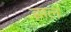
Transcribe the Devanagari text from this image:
झल